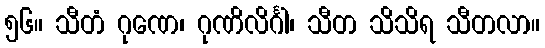
၅၆။ သီတံ ဂုဏေ၊ ဂုဏိလိင်္ဂါ၊ သီတ သိသိရ သီတလာ။